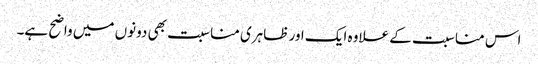
اس مناسبت کے علاوہ ایک اور ظاہری مناسبت بھی دونوں میں واضح ہے۔